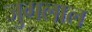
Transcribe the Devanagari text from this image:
जुगलाल